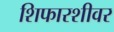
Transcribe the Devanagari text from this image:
शिफारशीवर